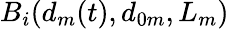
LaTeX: B_{i}(d_{m}(t),d_{0m},L_{m})